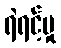
ရဲရင့်မှု